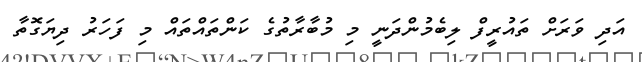
އަދި ވަރަށް ތައުރީފް ލިބެމުންދަނީ މި މުބާރާތުގެ ކަންތައްތައް މި ފަހަރު ދިޔަގޮތާ